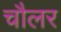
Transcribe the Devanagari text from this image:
चौलर